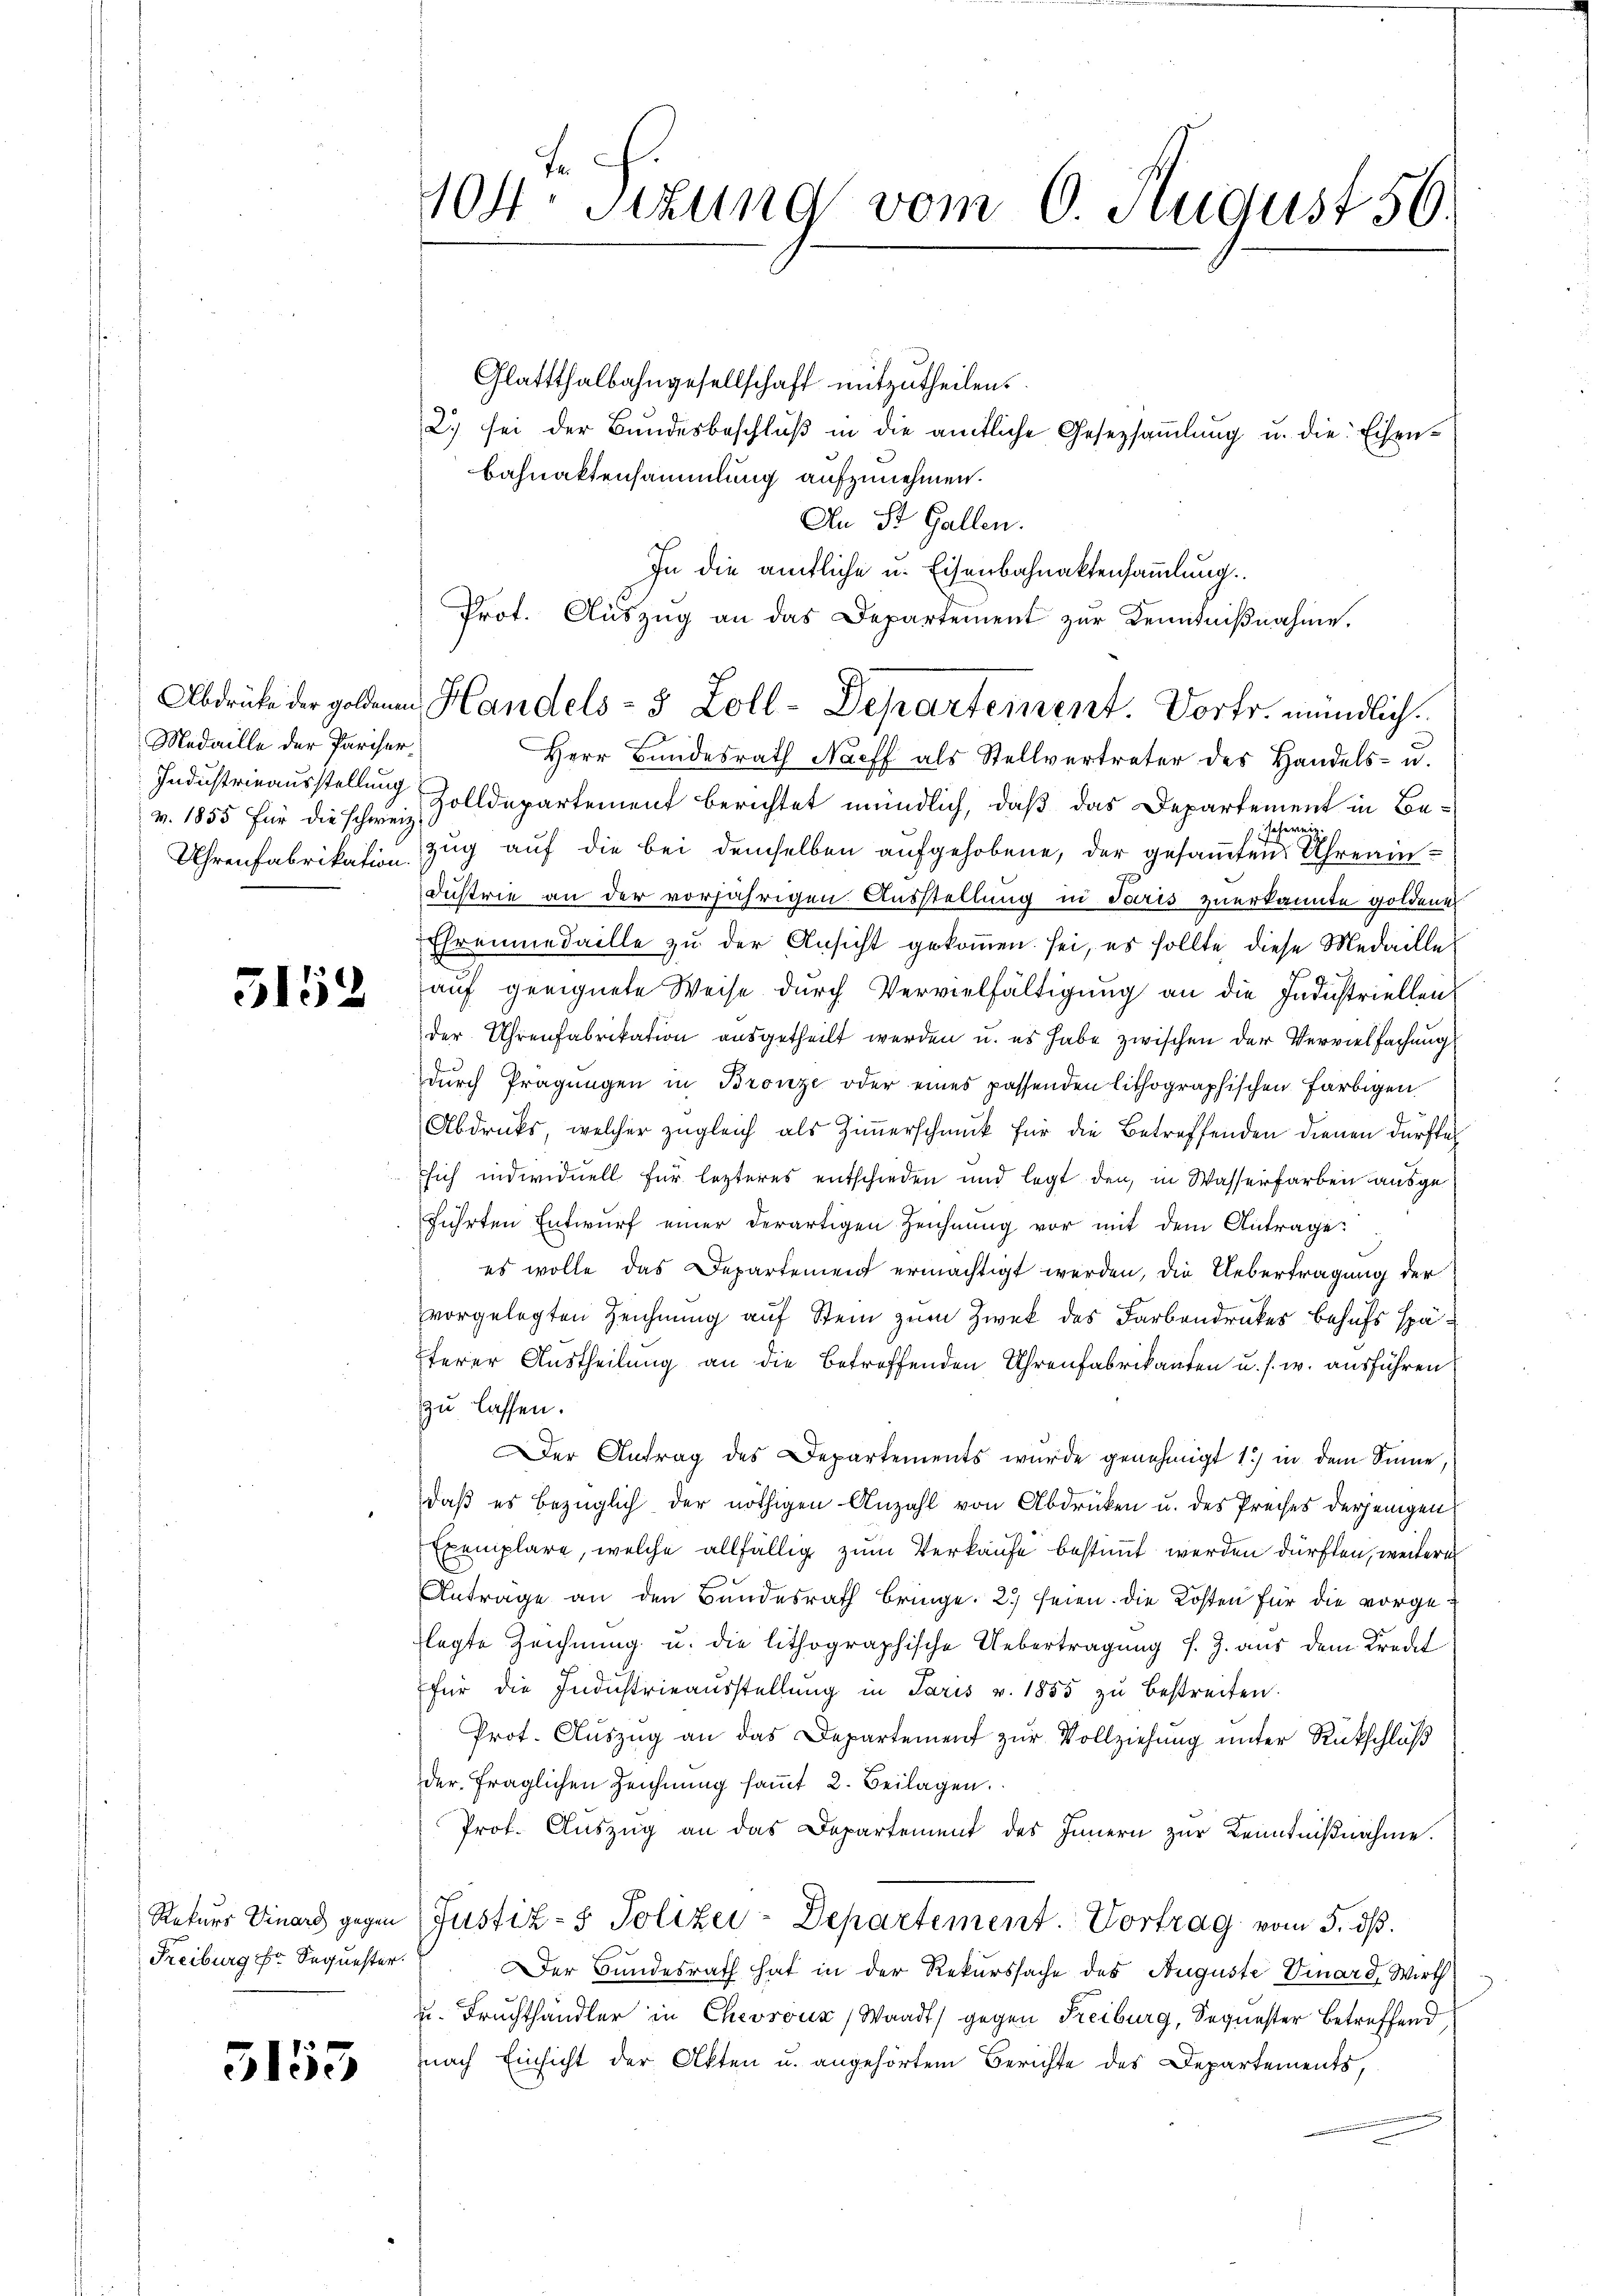
Medaille der Pariserv. 1855 für die schweiz.

5152

Freiburg er Sequester.

5153

Glattthalbahngesellschaft mitzutheilen.
2.) sei der Bŭndesbeschlŭβ in die amtliche Gesetzsammlung u. die Eisen-
Bahnaktensammlung aufzunehmen.
An St. Gallen.
Herr Bundesrath Nacht als Stellvertreter des Handels- u.
Industrieausstellung Zolldepartement berichtet mündlich, daß das Departement in Bescherein
Uhrenfabrikation Zug auf die bei demselben aufgehobene, der gesamten Uhreain¬
Dustrie an der vorjährigen Ausstellung in Paris zuerkannte goldener
Ehrenmedaille zu der Ansicht gekommen sei, es sollte diese Medaille
auf geeignete Weise durch Vervielfältigung an die Industriellen
der Uhrenfabrikation ausgetheilt werden u. es habe zwischen der Vervielfachung
durch Prägungen in Bronze oder eines passenden lithographischen Farbigen
Abdrucks, welcher zugleich als Zimmerschmuck für die Betreffenden dienen dürfte
sich individuell für lezteres entschieden und legt den in Wasserfarben ausgeführten Entwurf einer derartigen Zeichnung vor mit dem Antrage:
es wolle das Departement ermächtigt werden, die Uebertragung der
vorgelegten Zeichnung auf Stein zum Zwek des Farbendruckes behufs späterer Austheilung an die betreffenden Uhrenfabrikanten u. s. w. ausführen
zu lassen.
er Antrag des Departements wurde genehmigt 1.) in dem Sinne,
daß es bezüglich der nöthigen Anzahl von Abdrücken u. des Preises derjenigen
Exemplare, welche allfällig zum Verkaufe bestimmt werden dürften, weiteres
Antrage an den Bundesrath bringe. 2) seien. Die Kosten für die vorgelegte Zeichnung u. die lithographische Uebertragung s. Z. aus dem Kredit
für die Industrieausstellŭng in Paris v. 1855 zŭ bestreiten.
Prot. Auszug an das Departement zur Vollziehung unter Rückschluß
der fraglichen Zeichnŭng saṁt 2. Beilagen.
Prof. Auszug an das Departement des Innern zur Kenntnißnahme.
Rekurs Vinars gegen Justiz- & Polizei-Departement. Vortrag vom 5. dß.
Der Bundesrath hat in der Rekurssache des Auguste Vinard Wirk
u. Fruchthändler in Chevrouz (Waadt) gegen Freiburg, Sequester betreffend,
nach Einsicht der Akten u. angehörtem Berichte des Departements,

104. Sitzung vom 6. August 56.

In die amtliche u. Eisenbahnaktensammlung.
Prot. Auszug an das Departement zur Kenntnißnahme.
Abdrücke der goldenen Handels- 5 Zoll-Departement. Vortr. mündlich.